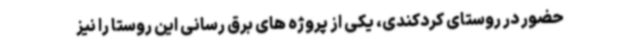
حضور در روستای کردکندی، یکی از پروژه های برق رسانی این روستا را نیز